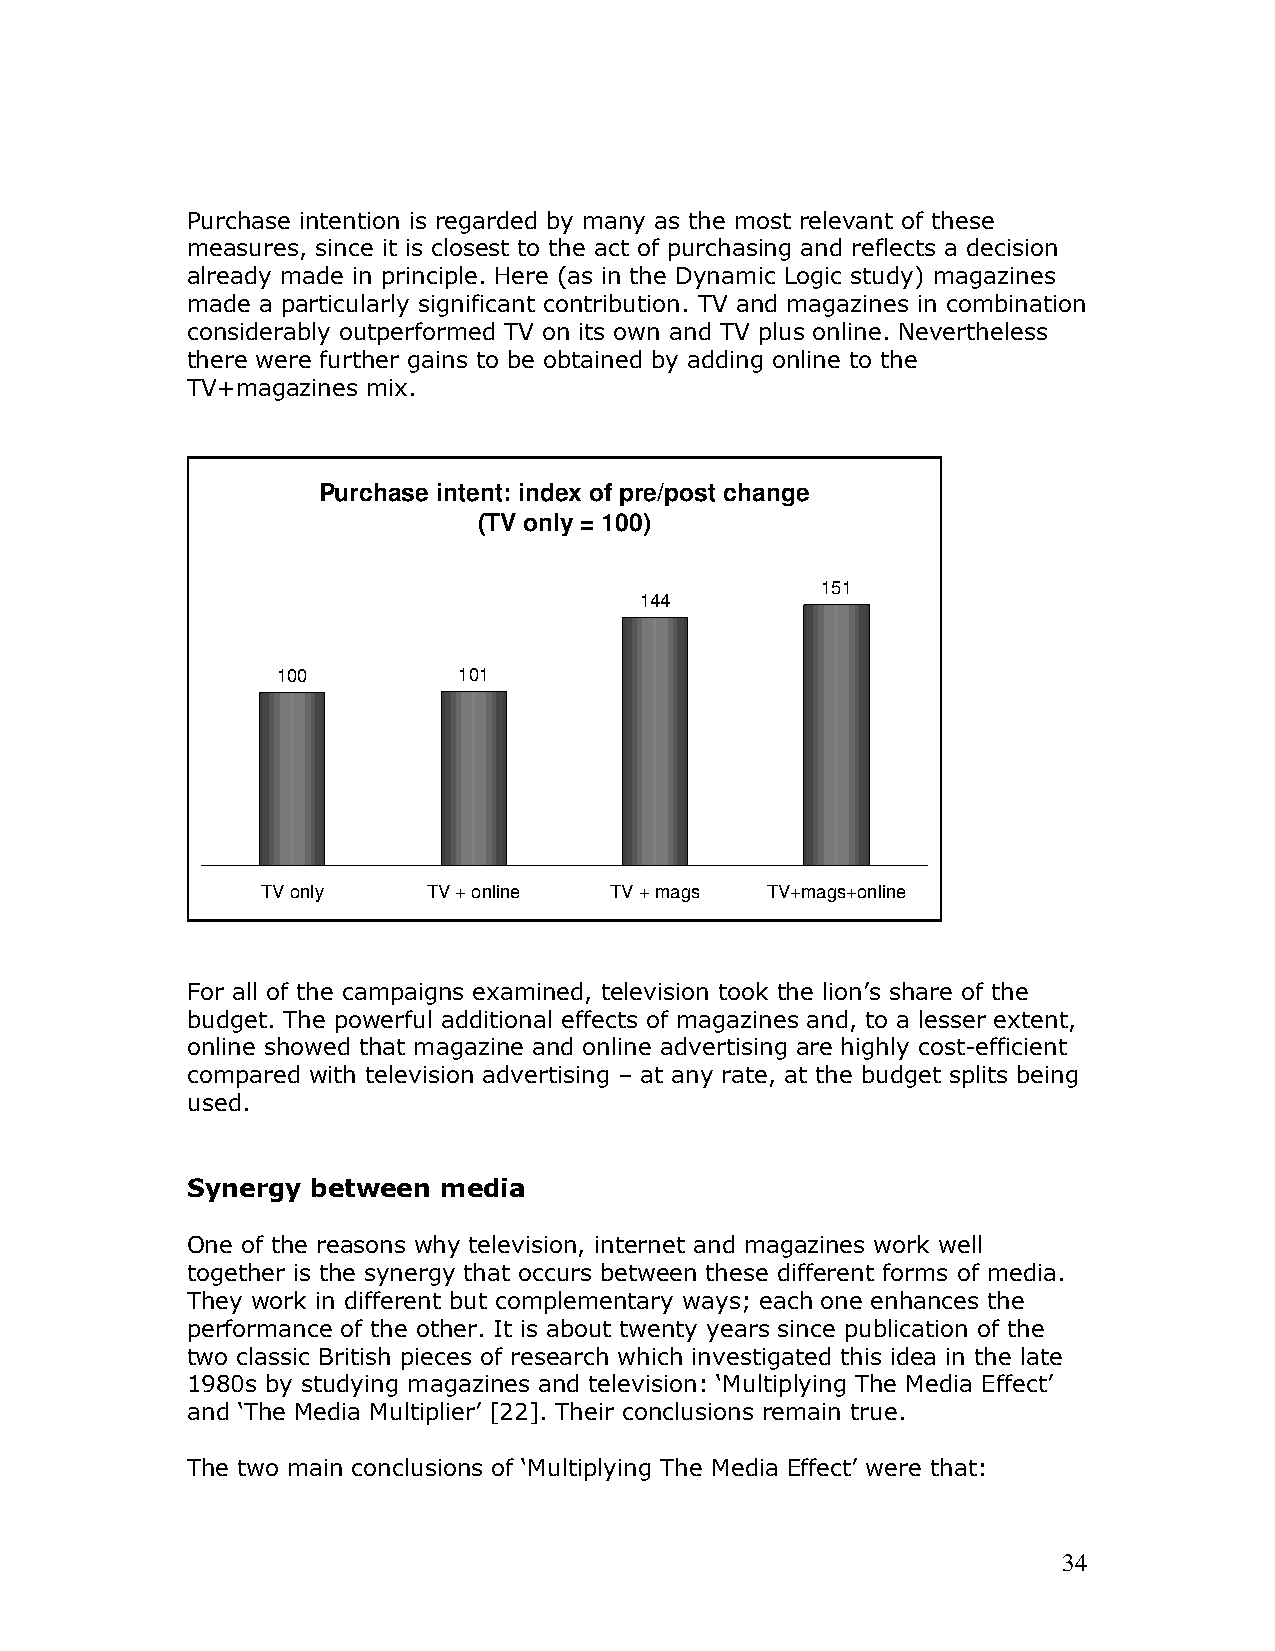
Purchase intention is regarded by many as the most relevant of these
 measures, since it is closest to the act of purchasing and reflects a decision
 already made in principle. Here (as in the Dynamic Logic study) magazines
 made a particularly significant contribution. TV and magazines in combination
 considerably outperformed TV on its own and TV plus online. Nevertheless
 there were further gains to be obtained by adding online to the
 TV+magazines mix.
 Purchase intent: index of pre/post change
 (TV only = 100)
 151
 144
 100         101
 TV only    TV + online TV + mags  TV+mags+online
 For all of the campaigns examined, television took the lion’s share of the
 budget. The powerful additional effects of magazines and, to a lesser extent,
 online showed that magazine and online advertising are highly cost-efficient
 compared with television advertising – at any rate, at the budget splits being
 used.
 Synergy  between media
 One of the reasons why television, internet and magazines work well
 together is the synergy that occurs between these different forms of media.
 They work in different but complementary ways; each one enhances the
 performance of the other. It is about twenty years since publication of the
 two classic British pieces of research which investigated this idea in the late
 1980s by studying magazines and television: ‘Multiplying The Media Effect’
 and ‘The Media Multiplier’ [22]. Their conclusions remain true.
 The two main conclusions of ‘Multiplying The Media Effect’ were that:
 34